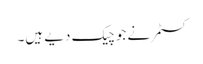
کسٹمر نے جو چیک دیے ہیں۔